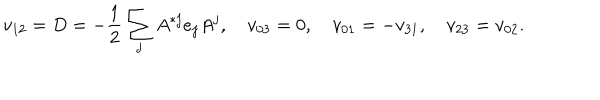
LaTeX: v _ { 1 2 } = D = - { \frac { 1 } { 2 } } \sum _ { j } A ^ { * j } e _ { j } A ^ { j } , \quad v _ { 0 3 } = 0 , \quad v _ { 0 1 } = - v _ { 3 1 } , \quad v _ { 2 3 } = v _ { 0 2 } .